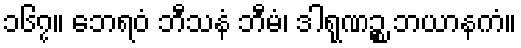
၁၆၇။ ဘေရဝံ ဘီသနံ ဘီမံ၊ ဒါရုဏဉ္စ ဘယာနကံ။